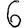
Digit: 6